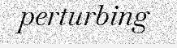
perturbing